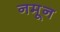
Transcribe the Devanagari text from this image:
नमून